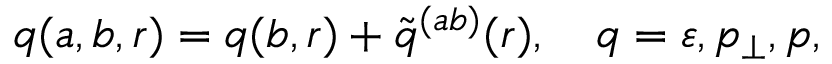
q ( a , b , r ) = q ( b , r ) + \tilde { q } ^ { ( a b ) } ( r ) , \quad q = \varepsilon , p _ { \perp } , p ,